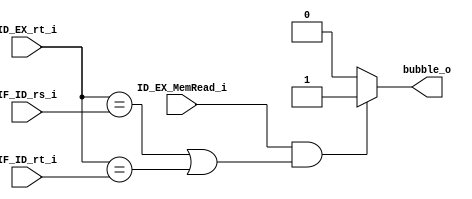
module HazardDetection
(
    bubble_o,
    IF_ID_rs_i,
    IF_ID_rt_i,
    ID_EX_rt_i,
    ID_EX_MemRead_i
);

input   [4:0]   IF_ID_rs_i, IF_ID_rt_i, ID_EX_rt_i;
input           ID_EX_MemRead_i;
output          bubble_o;
reg             bubble_o;

initial begin
    bubble_o = 0;
end

always@(*)
begin
    bubble_o = ID_EX_MemRead_i && (
    (ID_EX_rt_i == IF_ID_rs_i) || (ID_EX_rt_i == IF_ID_rt_i)
    ) ? 1:0;
end
endmodule